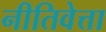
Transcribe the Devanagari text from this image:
नीतिवेत्ता